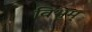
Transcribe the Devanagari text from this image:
विभुम्‌